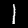
Label: 1